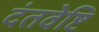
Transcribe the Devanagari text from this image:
दंतवेष्टि